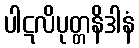
ပါဋလိပုတ္တနိဒါနံ